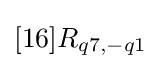
[16]R_{q7,-q1}